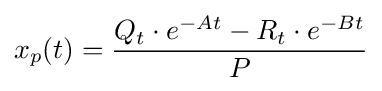
x_{p}(t)={\frac {Q_{t}\cdot e^{-At}-R_{t}\cdot e^{-Bt}}{P}}